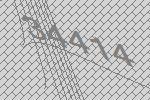
34414